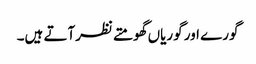
گورے اور گوریاں گھومتے نظرآتے ہیں۔